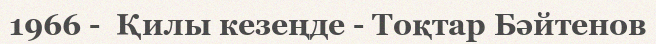
1966 -  Қилы кезеңде - Тоқтар Бәйтенов